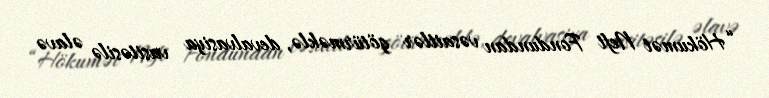
“Hökumət Neft Fondundan vəsaitlər götürməklə, devalvasiya vasitəsilə əlavə